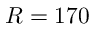
R = 1 7 0